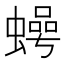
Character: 𮔵